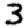
Digit: 3